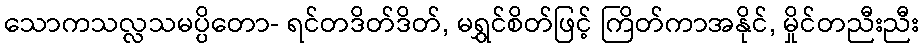
သောကသလ္လသမပ္ပိတော- ရင်တဒိတ်ဒိတ်, မရွှင်စိတ်ဖြင့် ကြိတ်ကာအနိုင်, မှိုင်တညီးညီး